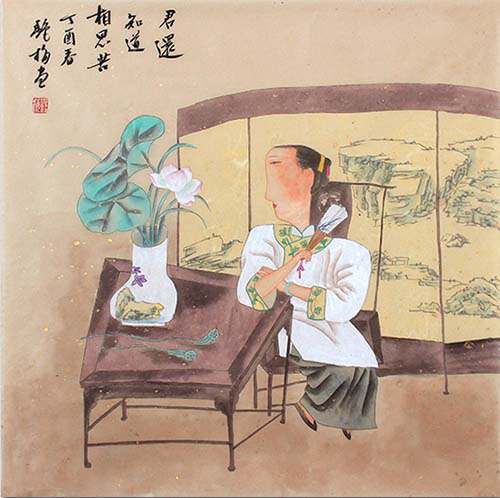
怕黄昏忽地又黄昏，不销魂怎地不销魂。